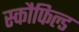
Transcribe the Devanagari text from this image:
स्कौफिल्ड